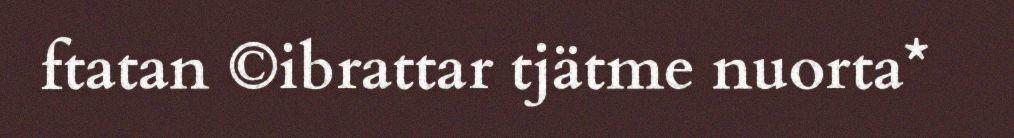
ftatan ©ibrattar tjätme nuorta*